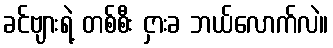
ခင်ဗျားရဲ့ တစ်စီး ငှားခ ဘယ်လောက်လဲ။